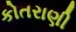
કોતરાણી